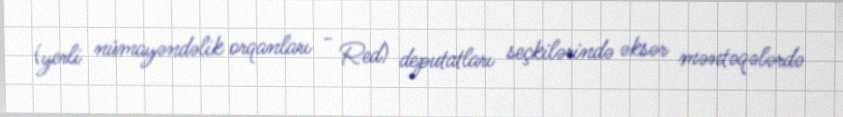
(yerli nümayəndəlik orqanları - Red) deputatları seçkilərində əksər məntəqələrdə